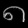
Digit: ၈